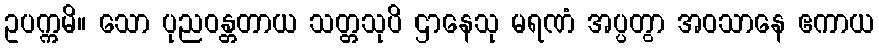
ဥပက္ကမိ။ သော ပုညဝန္တတာယ သတ္တသုပိ ဌာနေသု မရဏံ အပ္ပတွာ အဝသာနေ ဧကာယ